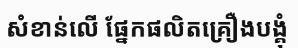
សំខាន់លើ ផ្នែកផលិតគ្រឿងបង្គុំ